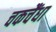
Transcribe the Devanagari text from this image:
चकचैंधा